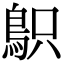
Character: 䳅